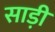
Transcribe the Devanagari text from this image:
साडी़